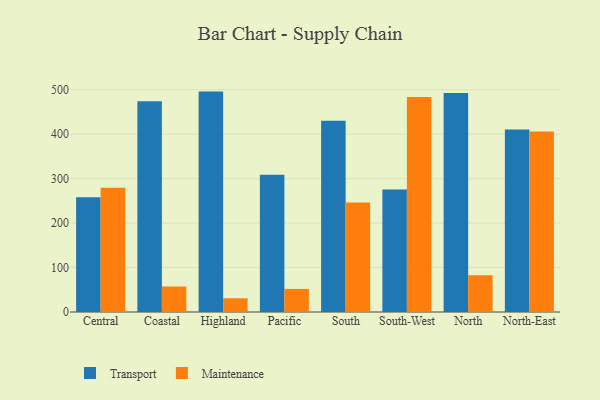
{"axis": {"x": "Region", "y": "Market Share (%)"}, "legend": ["Maintenance", "Transport"], "data": [{"x": "Central", "y": 258.1, "type": "Transport"}, {"x": "Central", "y": 279.4, "type": "Maintenance"}, {"x": "Coastal", "y": 473.9, "type": "Transport"}, {"x": "Coastal", "y": 57.3, "type": "Maintenance"}, {"x": "Highland", "y": 495.7, "type": "Transport"}, {"x": "Highland", "y": 30.9, "type": "Maintenance"}, {"x": "Pacific", "y": 308.9, "type": "Transport"}, {"x": "Pacific", "y": 51.9, "type": "Maintenance"}, {"x": "South", "y": 430.3, "type": "Transport"}, {"x": "South", "y": 246.5, "type": "Maintenance"}, {"x": "South-West", "y": 275.6, "type": "Transport"}, {"x": "South-West", "y": 483.5, "type": "Maintenance"}, {"x": "North", "y": 492.7, "type": "Transport"}, {"x": "North", "y": 82.7, "type": "Maintenance"}, {"x": "North-East", "y": 410.6, "type": "Transport"}, {"x": "North-East", "y": 406.1, "type": "Maintenance"}]}